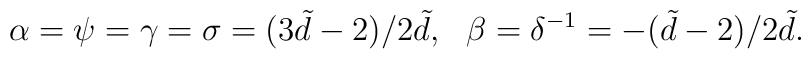
\alpha=\psi=\gamma=\sigma=(3\tilde{d}-2)/2\tilde{d},\ \ \beta=\delta ^{-1}=-(\tilde{d}-2)/2\tilde{d}.